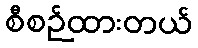
စီစဉ်ထားတယ်